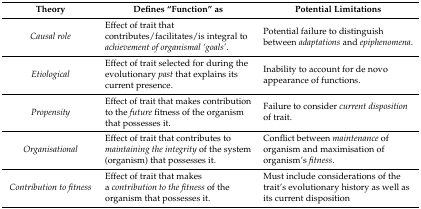
| Theory | Defines “Function” as | Potential Limitations |
 | --- | --- | --- |
 | Causal role | Effect of trait that contributes/facilitates/is integral to achievement of organismal ‘goals’. | Potential failure to distinguish between adaptations and epiphenomena. |
 | Etiological | Effect of trait selected for during the evolutionary past that explains its current presence. | Inability to account for de novo appearance of functions. |
 | Propensity | Effect of trait that makes contribution to the future fitness of the organism that possesses it. | Failure to consider current disposition of trait. |
 | Organisational | Effect of trait that contributes to maintaining the integrity of the system (organism) that possesses it. | Conflict between maintenance of organism and maximisation of organism’s fitness. |
 | Contribution to fitness | Effect of trait that makes a contribution to the fitness of the organism that possesses it. | Must include considerations of the trait’s evolutionary history as well as its current disposition |